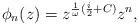
LaTeX: \begin{align*}\phi_{n}(z) = z^{\frac{1}{\omega} (\frac{i}{2}+C)} z^{n},\end{align*}